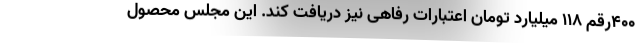
۴۰۰رقم ۱۱۸ میلیارد تومان اعتبارات رفاهی نیز دریافت کند. اين مجلس محصول